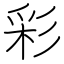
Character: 彩